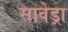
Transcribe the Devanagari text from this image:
सावेड्रा